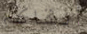
ألقاكم